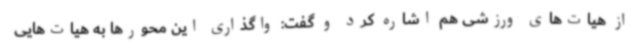
از هیات‌های ورزشی هم اشاره کرد و گفت: واگذاری این محورها به هیات‌هایی